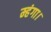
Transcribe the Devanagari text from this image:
म्हंगा।